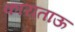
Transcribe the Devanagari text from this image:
काराताऊ